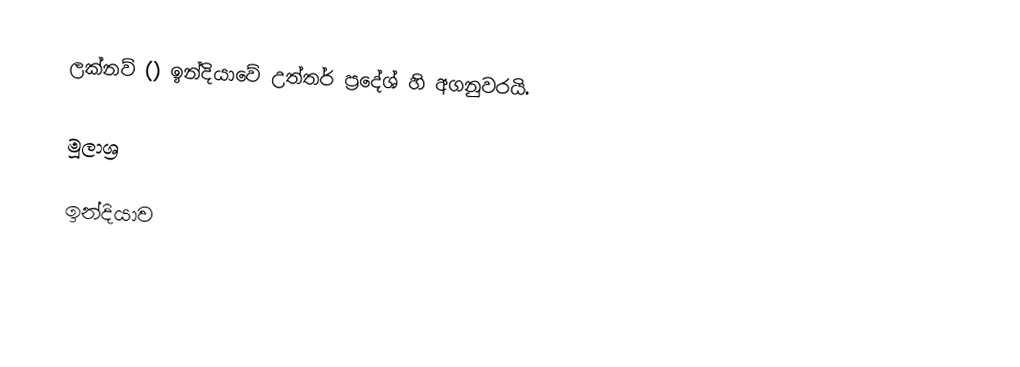
ලක්නව් () ඉන්දියාවේ උත්තර් ප්‍රදේශ් හි අගනුවරයි.

මූලාශ්‍ර

ඉන්දියාව